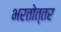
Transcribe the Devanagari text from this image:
भरतोत्तर